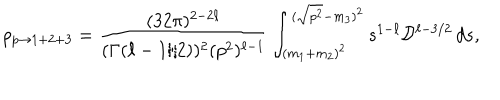
\rho _ { p \rightarrow 1 + 2 + 3 } = \frac { ( 3 2 \pi ) ^ { 2 - 2 \ell } } { ( \Gamma ( \ell - 1 / 2 ) ) ^ { 2 } ( p ^ { 2 } ) ^ { \ell - 1 } } \int _ { ( m _ { 1 } + m _ { 2 } ) ^ { 2 } } ^ { ( \sqrt { p ^ { 2 } } - m _ { 3 } ) ^ { 2 } } s ^ { 1 - \ell } { \cal D } ^ { \ell - 3 / 2 } \, d s ,